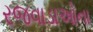
રજવાડાઓના